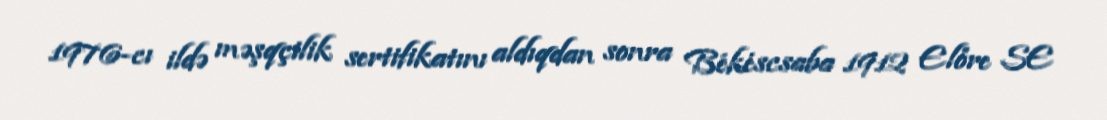
1976-cı ildə məşqçilik sertifikatını aldıqdan sonra Békéscsaba 1912 Előre SE